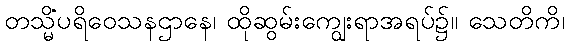
တသ္မိံပရိဝေသနဌာနေ၊ ထိုဆွမ်းကျွေးရာအရပ်၌။ သေတိကိ၊